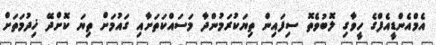
އެމްއެންޑީއެފްގެ ހީވާގި ލޮބުވެތޮ ސިފައިން ތިޔަކުރަމުންދާ މަސައްކަތަށާއި ގައުމަށް ތިޔަ ކޮށްދޭ ޚިދުމަތަށް